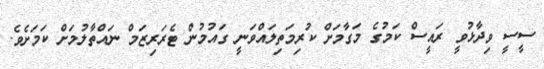
ސީސީ ވިދާޅުވީ ރައީސް ކަމުގެ މަގާމަށް ކުރިމަތިލައްވަނީ ގައުމުން ޓެރަރިޒަމް ނައްތާލުމަށް ކަމަށެވެ.